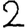
Digit: 2